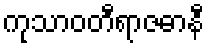
ကုသာဝတီရာဇဓာနီ